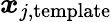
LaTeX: \boldsymbol{x}_{j,\mathrm{template}}